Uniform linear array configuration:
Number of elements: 24
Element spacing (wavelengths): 0.5
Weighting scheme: cosine
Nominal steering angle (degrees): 45
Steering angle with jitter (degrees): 46.594
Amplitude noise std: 0.05
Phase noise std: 0.05

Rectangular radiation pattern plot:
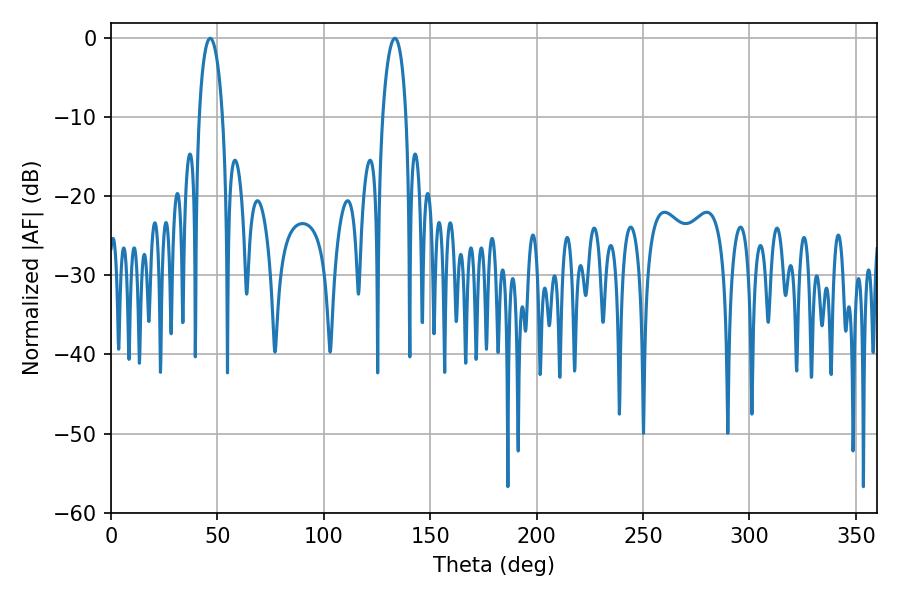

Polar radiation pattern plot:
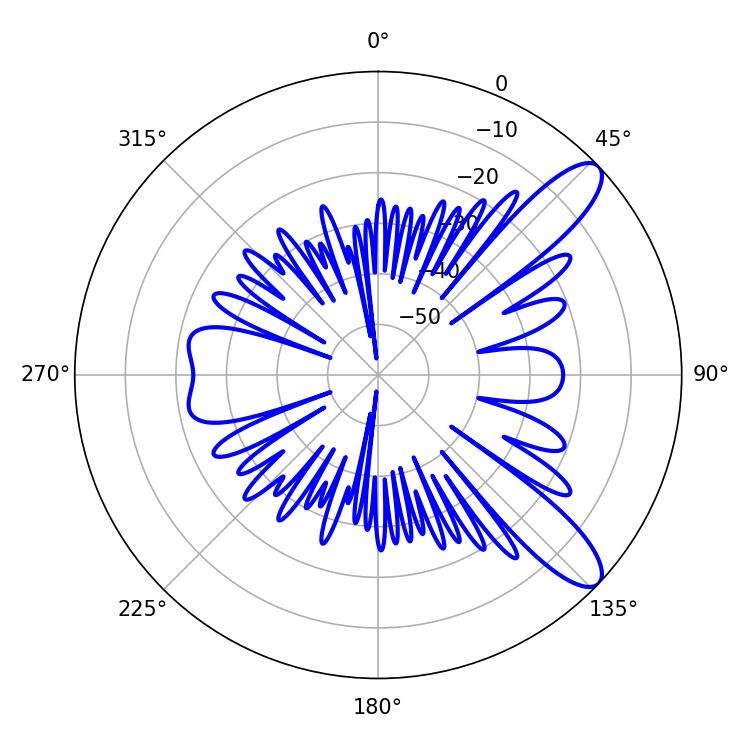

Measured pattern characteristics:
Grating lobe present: FALSE
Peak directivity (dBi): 10.623
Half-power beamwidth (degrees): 6.3
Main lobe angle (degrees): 46.62